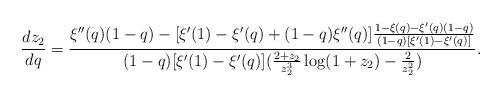
LaTeX: \begin{align*} \frac{ d z_2}{d q}= \frac{\xi''(q)(1-q)-[\xi'(1)-\xi'(q) +(1-q)\xi''(q)]\frac{1-\xi(q)-\xi'(q)(1-q)}{(1-q)[\xi'(1)-\xi'(q)]}} {(1-q)[\xi'(1)-\xi'(q)](\frac{2+z_2}{z_2^3}\log(1+z_2)-\frac2{z_2^2})}.\end{align*}